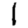
Digit: 1